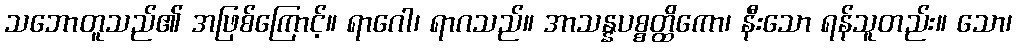
သဘောတူသည်၏ အဖြစ်ကြောင့်။ ရာဂေါ၊ ရာဂသည်။ အာသန္နပစ္စတ္ထိကော၊ နီးသော ရန်သူတည်း။ သော၊